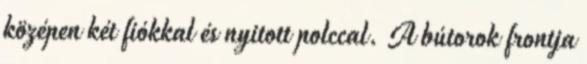
középen két fiókkal és nyitott polccal. A bútorok frontja